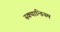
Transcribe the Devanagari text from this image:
स्क्यान्डियम